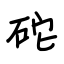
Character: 砣